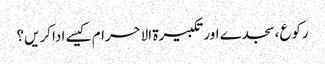
رکوع،سجدے اور تکبیرۃ الاحرام کیسے ادا کریں؟